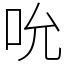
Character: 吮